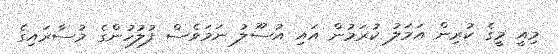
މިއީ މީގެ ކުރިން އަމަލު ކުރަމުން އައި އުސޫލު ނަމަވެސް ފުލުހުންގެ މުސާރައިގެ